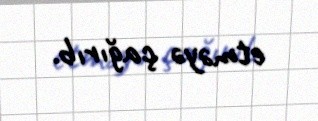
etməyə çağırıb.